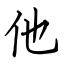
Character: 他